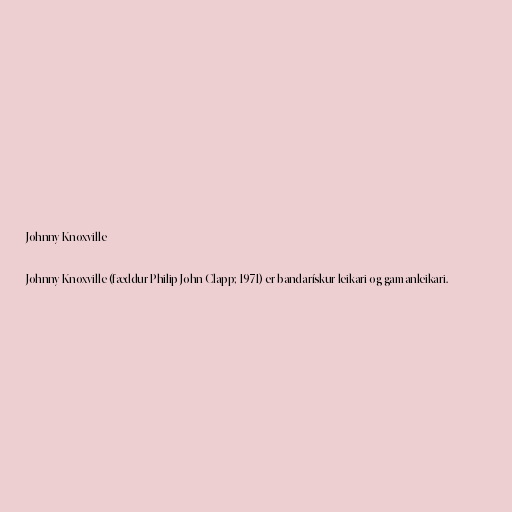
Johnny Knoxville

Johnny Knoxville (fæddur Philip John Clapp; 1971) er bandarískur leikari og gamanleikari.